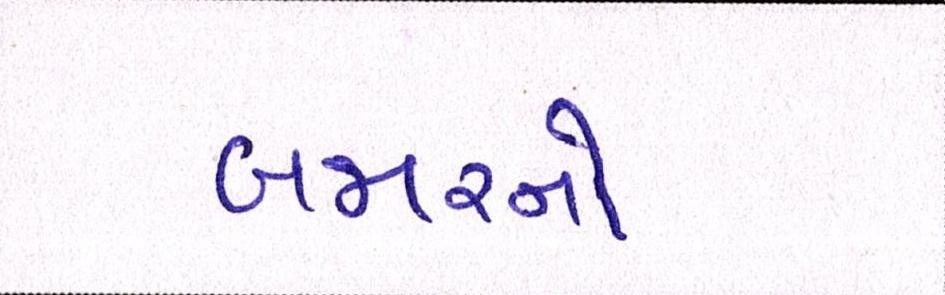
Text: બજારનો